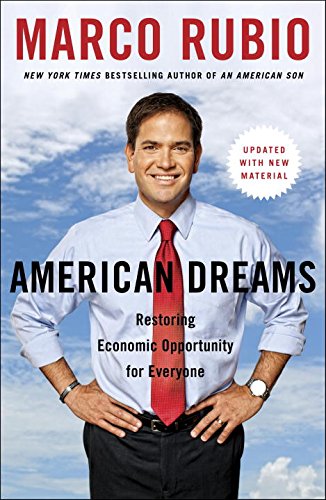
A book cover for American Dreams: Restoring Economic Opportunity for Everyone; Marco Rubio; Business & Money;